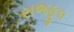
રાજફૂલ